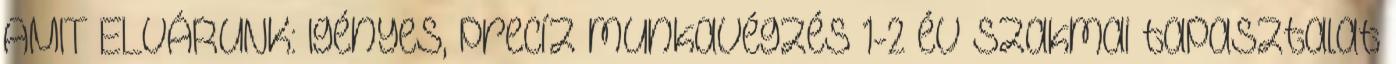
AMIT ELVÁRUNK: Igényes, precíz munkavégzés 1-2 év szakmai tapasztalat